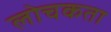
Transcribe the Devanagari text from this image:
लोचकता